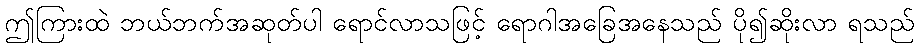
ဤကြားထဲ ဘယ်ဘက်အဆုတ်ပါ ရောင်လာသဖြင့် ရောဂါအခြေအနေသည် ပို၍ဆိုးလာ ရသည်